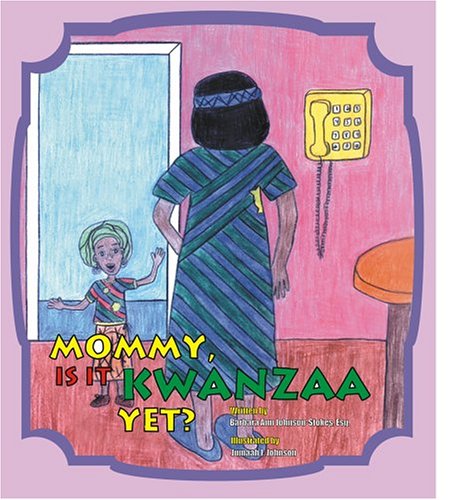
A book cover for Mommy, Is It Kwanzaa Yet?; Barbara Ann Johnson-Stokes; Children's Books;